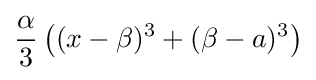
{\alpha  \over 3}\left((x-\beta )^{3}+(\beta -a)^{3}\right)